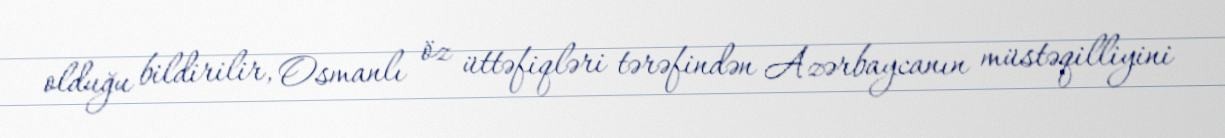
olduğu bildirilir, Osmanlı öz üttəfiqləri tərəfindən Azərbaycanın müstəqilliyini